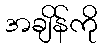
အချိန်ကို